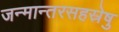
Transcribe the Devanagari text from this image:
जन्मान्तरसहस्रेषु